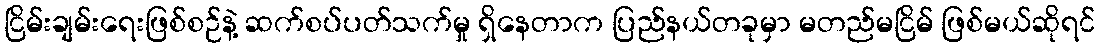
ငြိမ်းချမ်းရေးဖြစ်စဉ်နဲ့ ဆက်စပ်ပတ်သက်မှု ရှိနေတာက ပြည်နယ်တခုမှာ မတည်မငြိမ် ဖြစ်မယ်ဆိုရင်